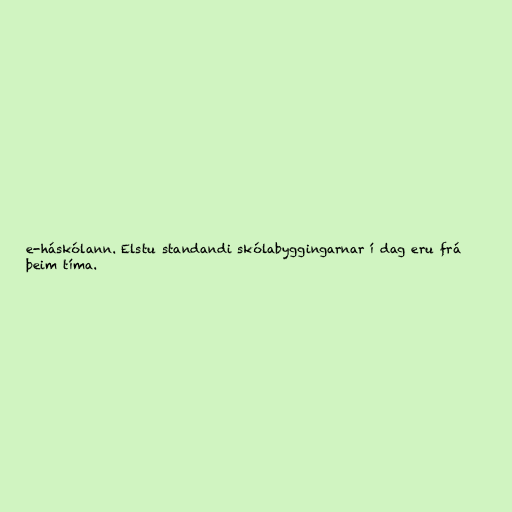
e-háskólann. Elstu standandi skólabyggingarnar í dag eru frá
þeim tíma.